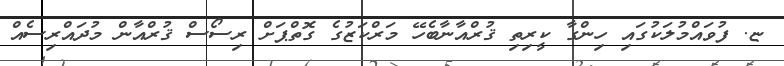
ޏ. ފުވައްމުލަކުގައި ހިންގާ ކީރިތި ޤުރްއާނާބެހޭ މަރްކަޒުގެ ގޮތްޕަށް ރިސޯސް ޤުރްއާން މުދައްރިސެއް